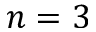
n = 3